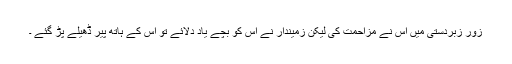
زور زبردستی میں اْس نے مزاحمت کی لیکن زمیندار نے اْس کو بچے یاد دلائے تو اس کے ہاتھ پیر ڈھیلے پڑ گئے ۔